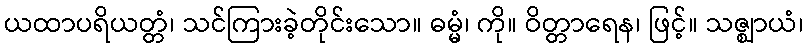
ယထာပရိယတ္တံ၊ သင်ကြားခဲ့တိုင်းသော။ ဓမ္မံ၊ ကို။ ဝိတ္တာရေန၊ ဖြင့်။ သဇ္ဈာယံ၊